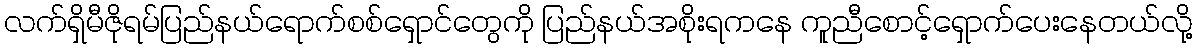
လက်ရှိမီဇိုရမ်ပြည်နယ်ရောက်စစ်ရှောင်တွေကို ပြည်နယ်အစိုးရကနေ ကူညီစောင့်ရှောက်ပေးနေတယ်လို့